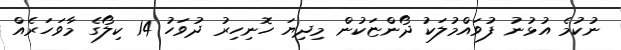
ނުކުމެ އުޅުނު ފުވައްމުލަކު ދޯންޏަކުން މިދިޔަ ހޮނިހިރު ދުވަހު 14 ކިލޯގެ މާވަހަރެއް